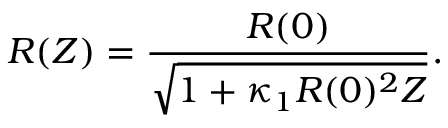
R ( Z ) = \frac { R ( 0 ) } { \sqrt { 1 + \kappa _ { 1 } R ( 0 ) ^ { 2 } Z } } .